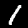
Label: 1